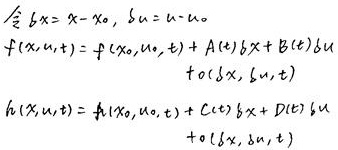
令\(\delta x = x - x_{0}\)，\(\delta u = u - u_{0}\)。
\(f(x, u, t)= f(x_{0}, u_{0}, t)+ A(t)\delta x + B(t)\delta u+ o(\delta x, \delta u, t)\)
\(h(x, u, t)= h(x_{0}, u_{0}, t)+ C(t)\delta x + D(t)\delta u+ o(\delta x, \delta u, t)\)